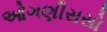
ઓગણીસસો